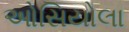
ઓસિયોલા